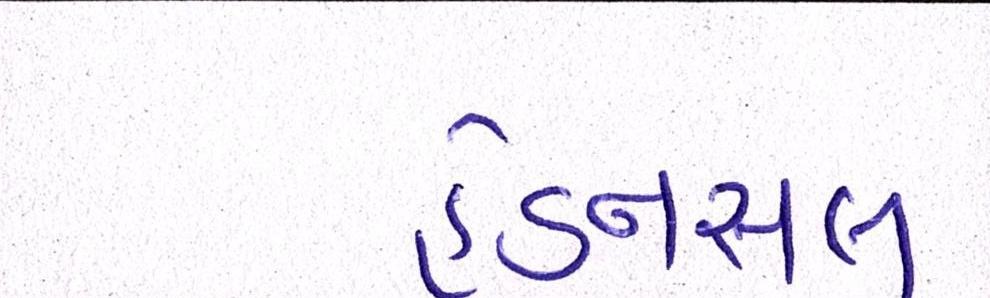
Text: હેડનસલ